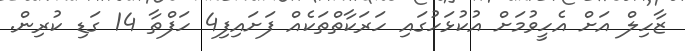
ޒާހިލް އަށް އެހީވުމަށް އުކުޅަހުގައި ހަރަކާތްތަކެއް ފަށައިފި4 ހަފްތާ 14 ގަޑި ކުރިން.